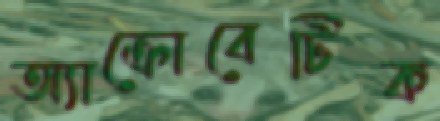
অ্যাক্রোবেটিক